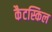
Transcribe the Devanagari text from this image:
कैटस्किल